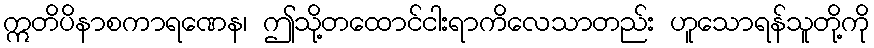
ဣတိပိနာစကာရဏေန၊ ဤသို့တထောင်ငါးရာကိလေသာတည်း ဟူသောရန်သူတို့ကို